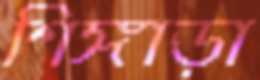
শিঙ্গাড়া